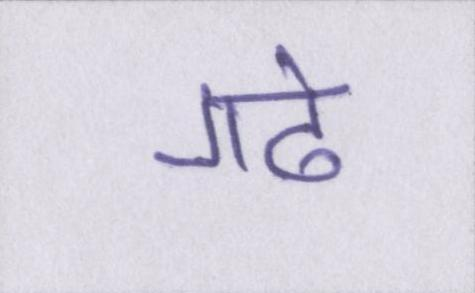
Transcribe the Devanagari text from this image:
गढे